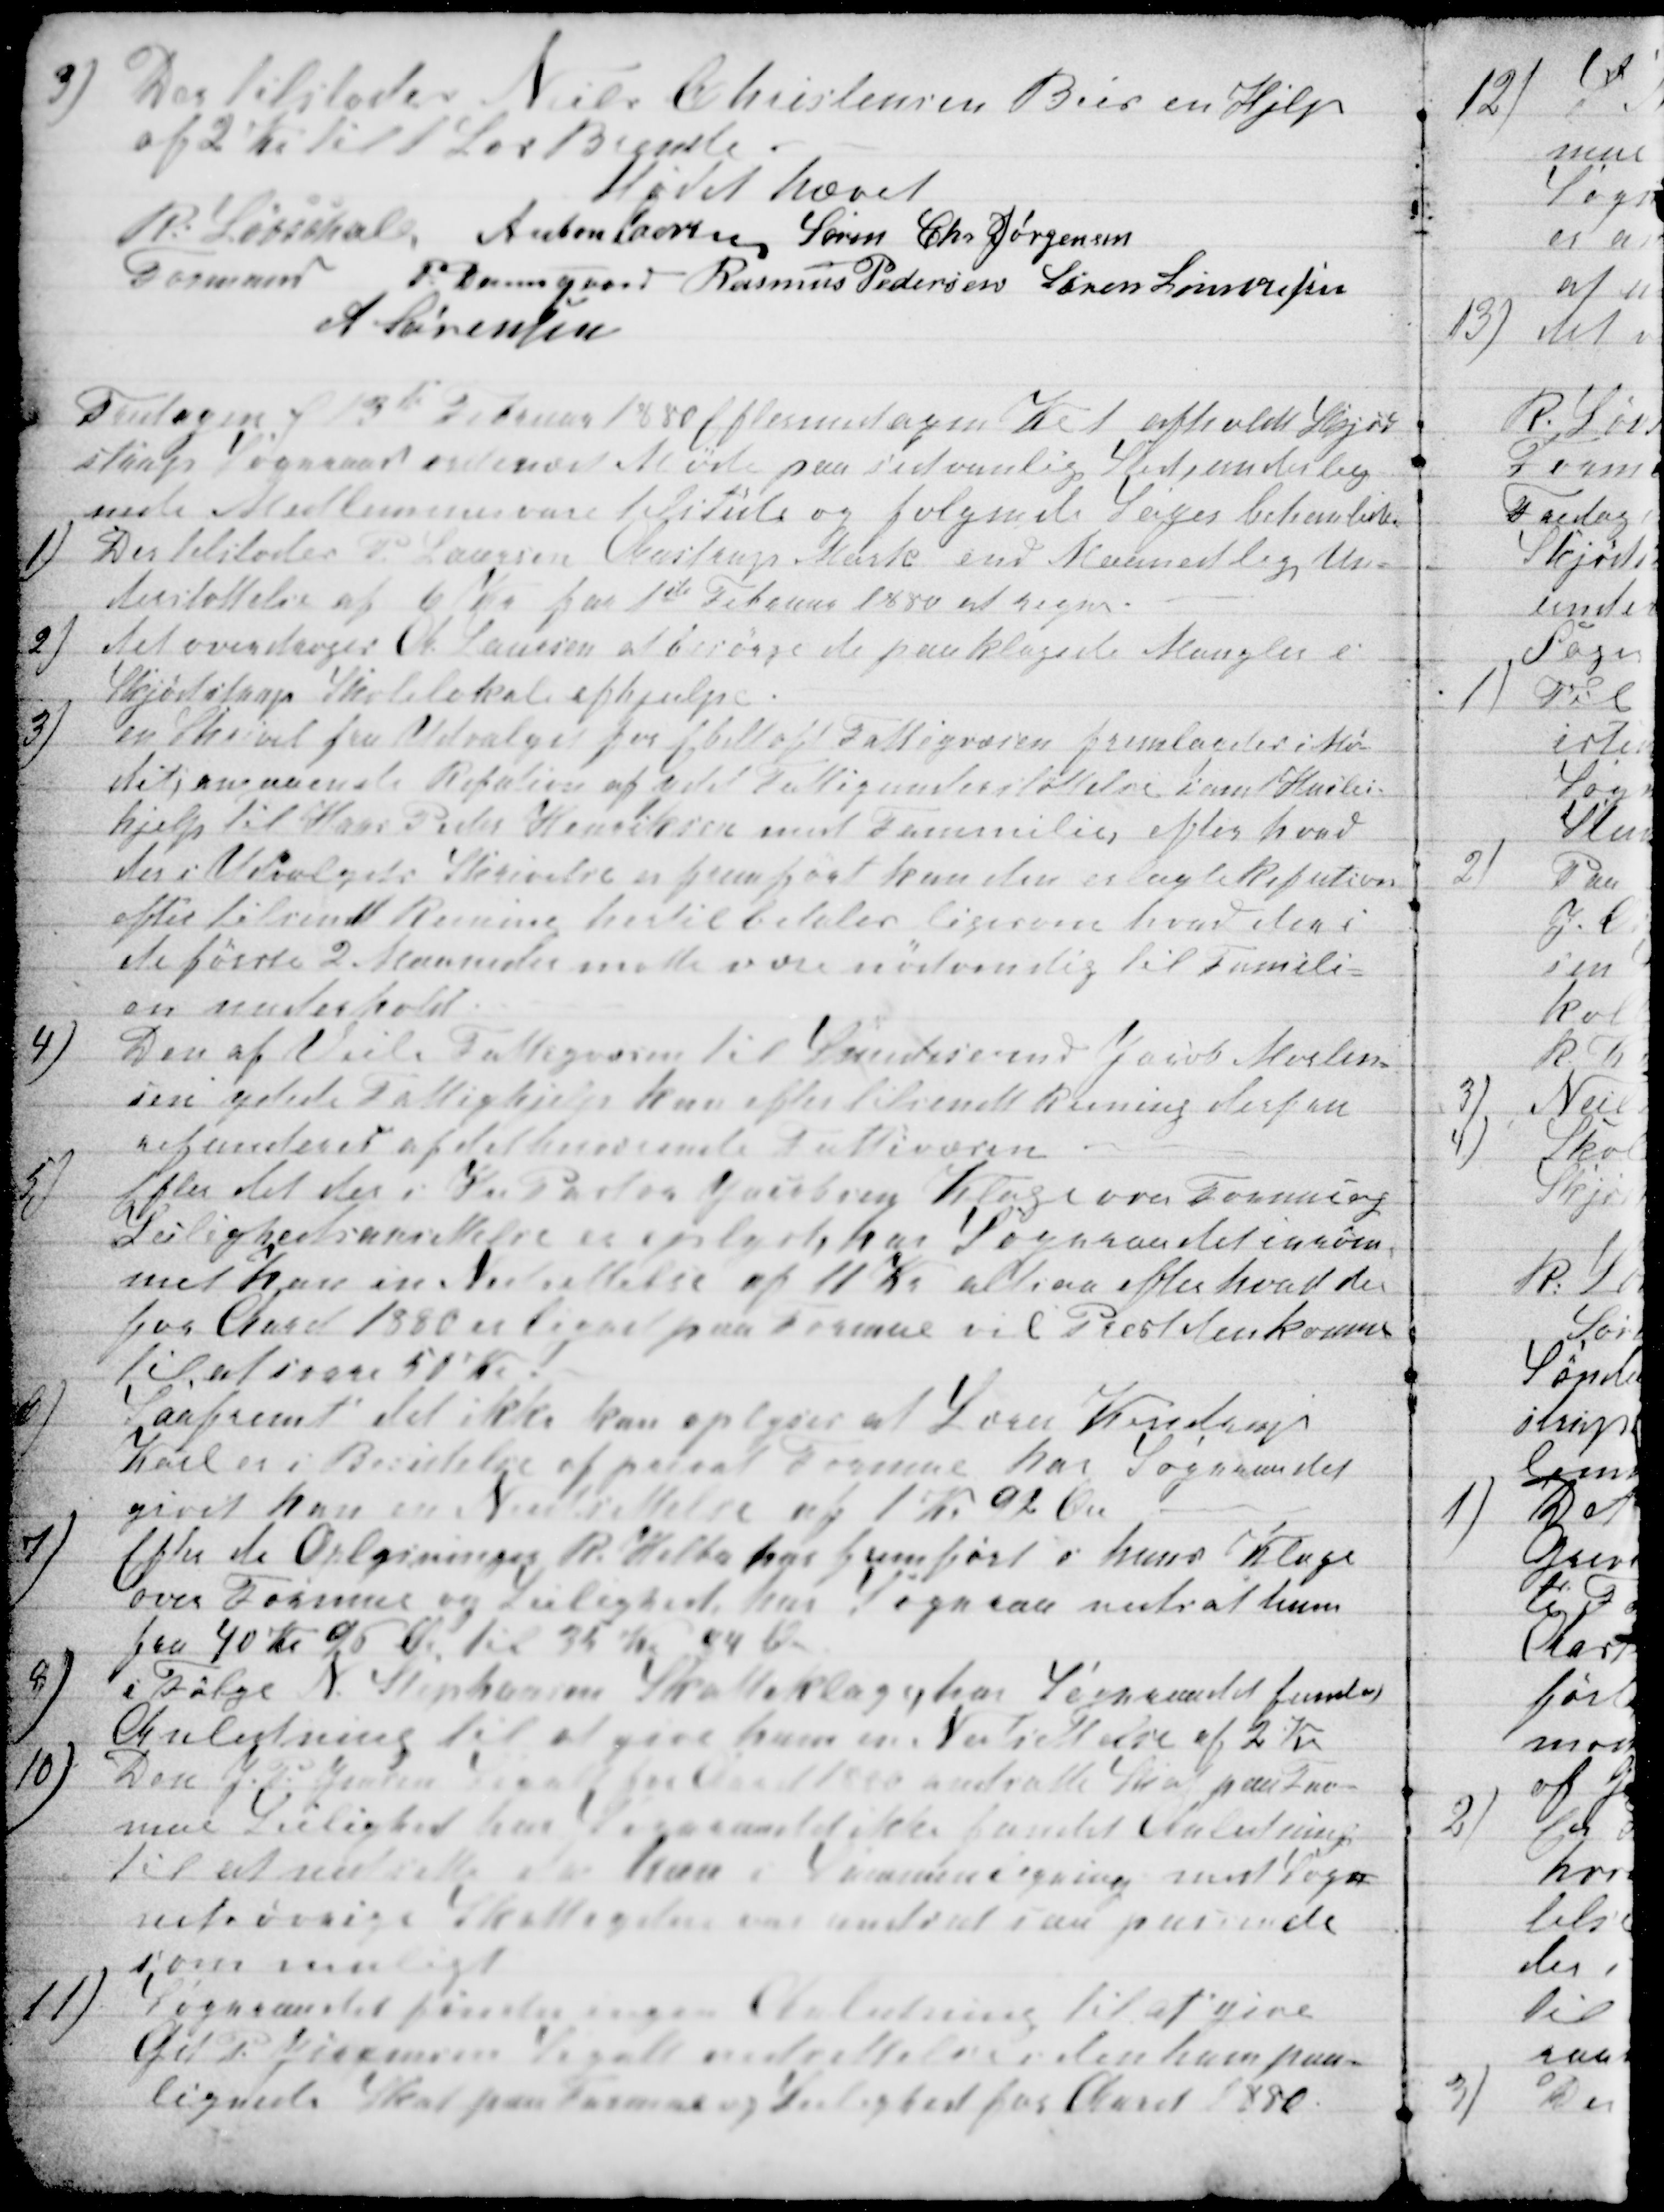
Transskription:
3)
Der tilstodes Niels Christensen Beir en Hjelp
af 2 Kr til 1 Læs Brende.
Mødet hævet
R Løvschall 
Formand 
Anton Laursen Søren Chr Jørgensen
P Damsgaard Rasmus Pedersen Søren Simonsen
A Sørensen
Fredagen d 13de Februar 18800 Eftermidagen Kl 1afholdt Skjød-
strup Sognraad ordinær Møde paa sedvanlig Sted, underteg-
nede Medlemmer vare tilstede og følgende Sager behanlede.
1)
Der tilstodes P Laursen Aastrup Mark end Maanedlig Un-
derstøttelse af 6 Kr fra 1ste Februar 1880 at regne.
2)
Det overdroges A. Laursen af besørge de paaklagede Mangler i
Skjødstrups Skolelokale afhjulpe.
3)
en Skrivel fra Udvalget for Ebeltoft Fattigvæsen fremlagdes i Mø-
det, angaaende Refution af ydet Fattigunderstøttelse samt Huslei-
hjelp til Hans Peder Henriksen med Familie, efter hvad
der i Udvalgets Skrivelse er fremført kan den erlagte Refution
efter tilsendt Reining hertil betales ligesom hvad den i
de første 2 Maaneder motte være nødvendig til Famili-
en undehold.
4)
Den af Veile Fattigvæsen til Smedesvend Jacob Morten-
sen ydede Fattighjelp kan efter tilsendt Reining derfra
refunderes af det herverende Fattigvæsen
5)
Efter det der i Hr Pastor Jacobsen Klage over Formue og
Lejlighedsansettelse er oplyst har Sogneraadet inrøm-
met han in Nedsettelse af 11 Kr altaa efter hvad der
for Aaret 1880 lignet paa Formue vil Præsten komme
til at svare 50 Kr
6)
Saafremt det ikke kan oplyses at Lærer Kondrups
Karl er i Besættelse af privat Formue har Sogneraadet
givet han en Nedsettelse af 1 kr 92 Øre
7)
Efter de Oplysninger R. Helbo har fremført i hans Klage
over Formue og Leilighed har Sognraa nedsat ham
fra 40 Kr. 95 Ø. til 35 Kr og 94 Ø
8)
i Følge N. Stephansen Skatteklage, har Sogneraadet fundet
Anledning til at give ham en Nedsettelse af 2 Kr
10)
Den J. P. Jensen Segalt  for Aaret 1880 andsatte Skat paa For-
mue Leilighed har Sogneraadet ikke fundet Anledning
til at nedsette da han i Sammenligning med Sog-
nets øvrige Skatteydere var andsat saa passende
som muligt
11)
Sognraadet ffinder ingen Anledning til at give
Grd P. Jørgensen Segalt nedsettelse af den ham paa-
lignede Skat paa Formue og Leilighed for Aaret 1880.